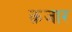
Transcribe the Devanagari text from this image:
क़जार